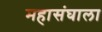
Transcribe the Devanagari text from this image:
महासंघाला